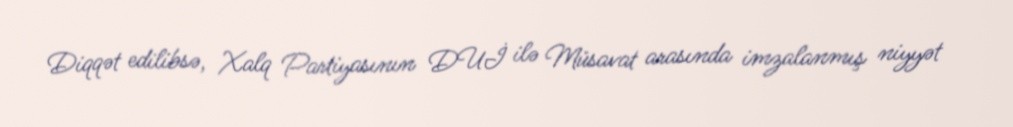
Diqqət edilibsə, Xalq Partiyasının DUİ ilə Müsavat arasında imzalanmış niyyət